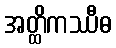
အတ္ထိကဿီဓ